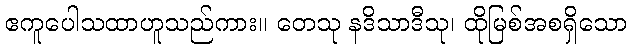
ဧကူပေါသထာဟူသည်ကား။ တေသု နဒိသာဒီသု၊ ထိုမြစ်အစရှိသော